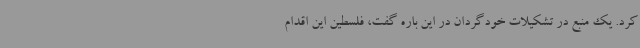
کرد. یک منبع در تشکیلات خودگردان در این باره گفت، فلسطین این اقدام